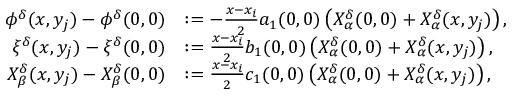
\begin{array} { r l } { \phi ^ { \delta } ( x , y _ { j } ) - \phi ^ { \delta } ( 0 , 0 ) } & { : = - \textstyle \frac { x - x _ { i } } { 2 } a _ { 1 } ( 0 , 0 ) \left( X _ { \alpha } ^ { \delta } ( 0 , 0 ) + X _ { \alpha } ^ { \delta } ( x , y _ { j } ) \right) , } \\ { \xi ^ { \delta } ( x , y _ { j } ) - \xi ^ { \delta } ( 0 , 0 ) } & { : = \textstyle \frac { x - x _ { i } } { 2 } b _ { 1 } ( 0 , 0 ) \left( X _ { \alpha } ^ { \delta } ( 0 , 0 ) + X _ { \alpha } ^ { \delta } ( x , y _ { j } ) \right) , } \\ { X _ { \beta } ^ { \delta } ( x , y _ { j } ) - X _ { \beta } ^ { \delta } ( 0 , 0 ) } & { : = \textstyle \frac { x - x _ { i } } { 2 } c _ { 1 } ( 0 , 0 ) \left( X _ { \alpha } ^ { \delta } ( 0 , 0 ) + X _ { \alpha } ^ { \delta } ( x , y _ { j } ) \right) , } \end{array}